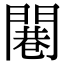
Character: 闀